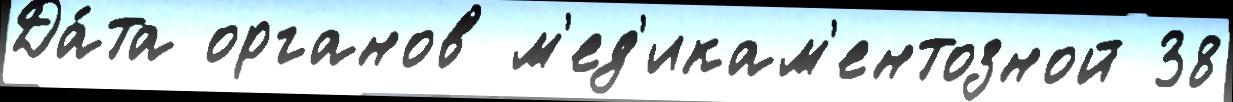
Да́та органов м'ед'икам'ентозной 38